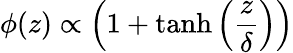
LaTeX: \phi(z)\propto\left(1+\operatorname{tanh}\left(\frac{z}{\delta}\right)\right)